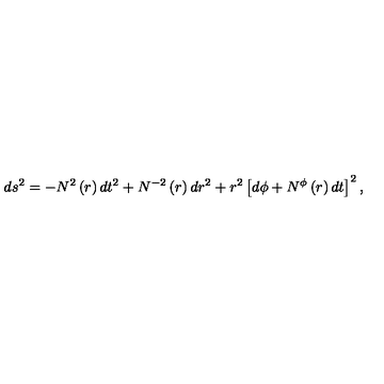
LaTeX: d s ^ { 2 } = - N ^ { 2 } \left( r \right) d t ^ { 2 } + N ^ { - 2 } \left( r \right) d r ^ { 2 } + r ^ { 2 } \left[ d \phi + N ^ { \phi } \left( r \right) d t \right] ^ { 2 } ,